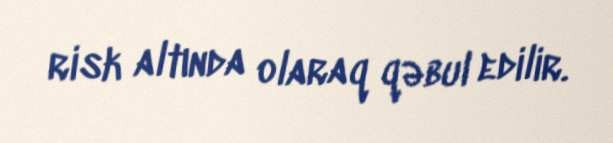
risk altında olaraq qəbul edilir.